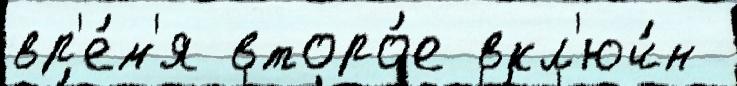
вр'е́м'я второ́е вкл'юч́н